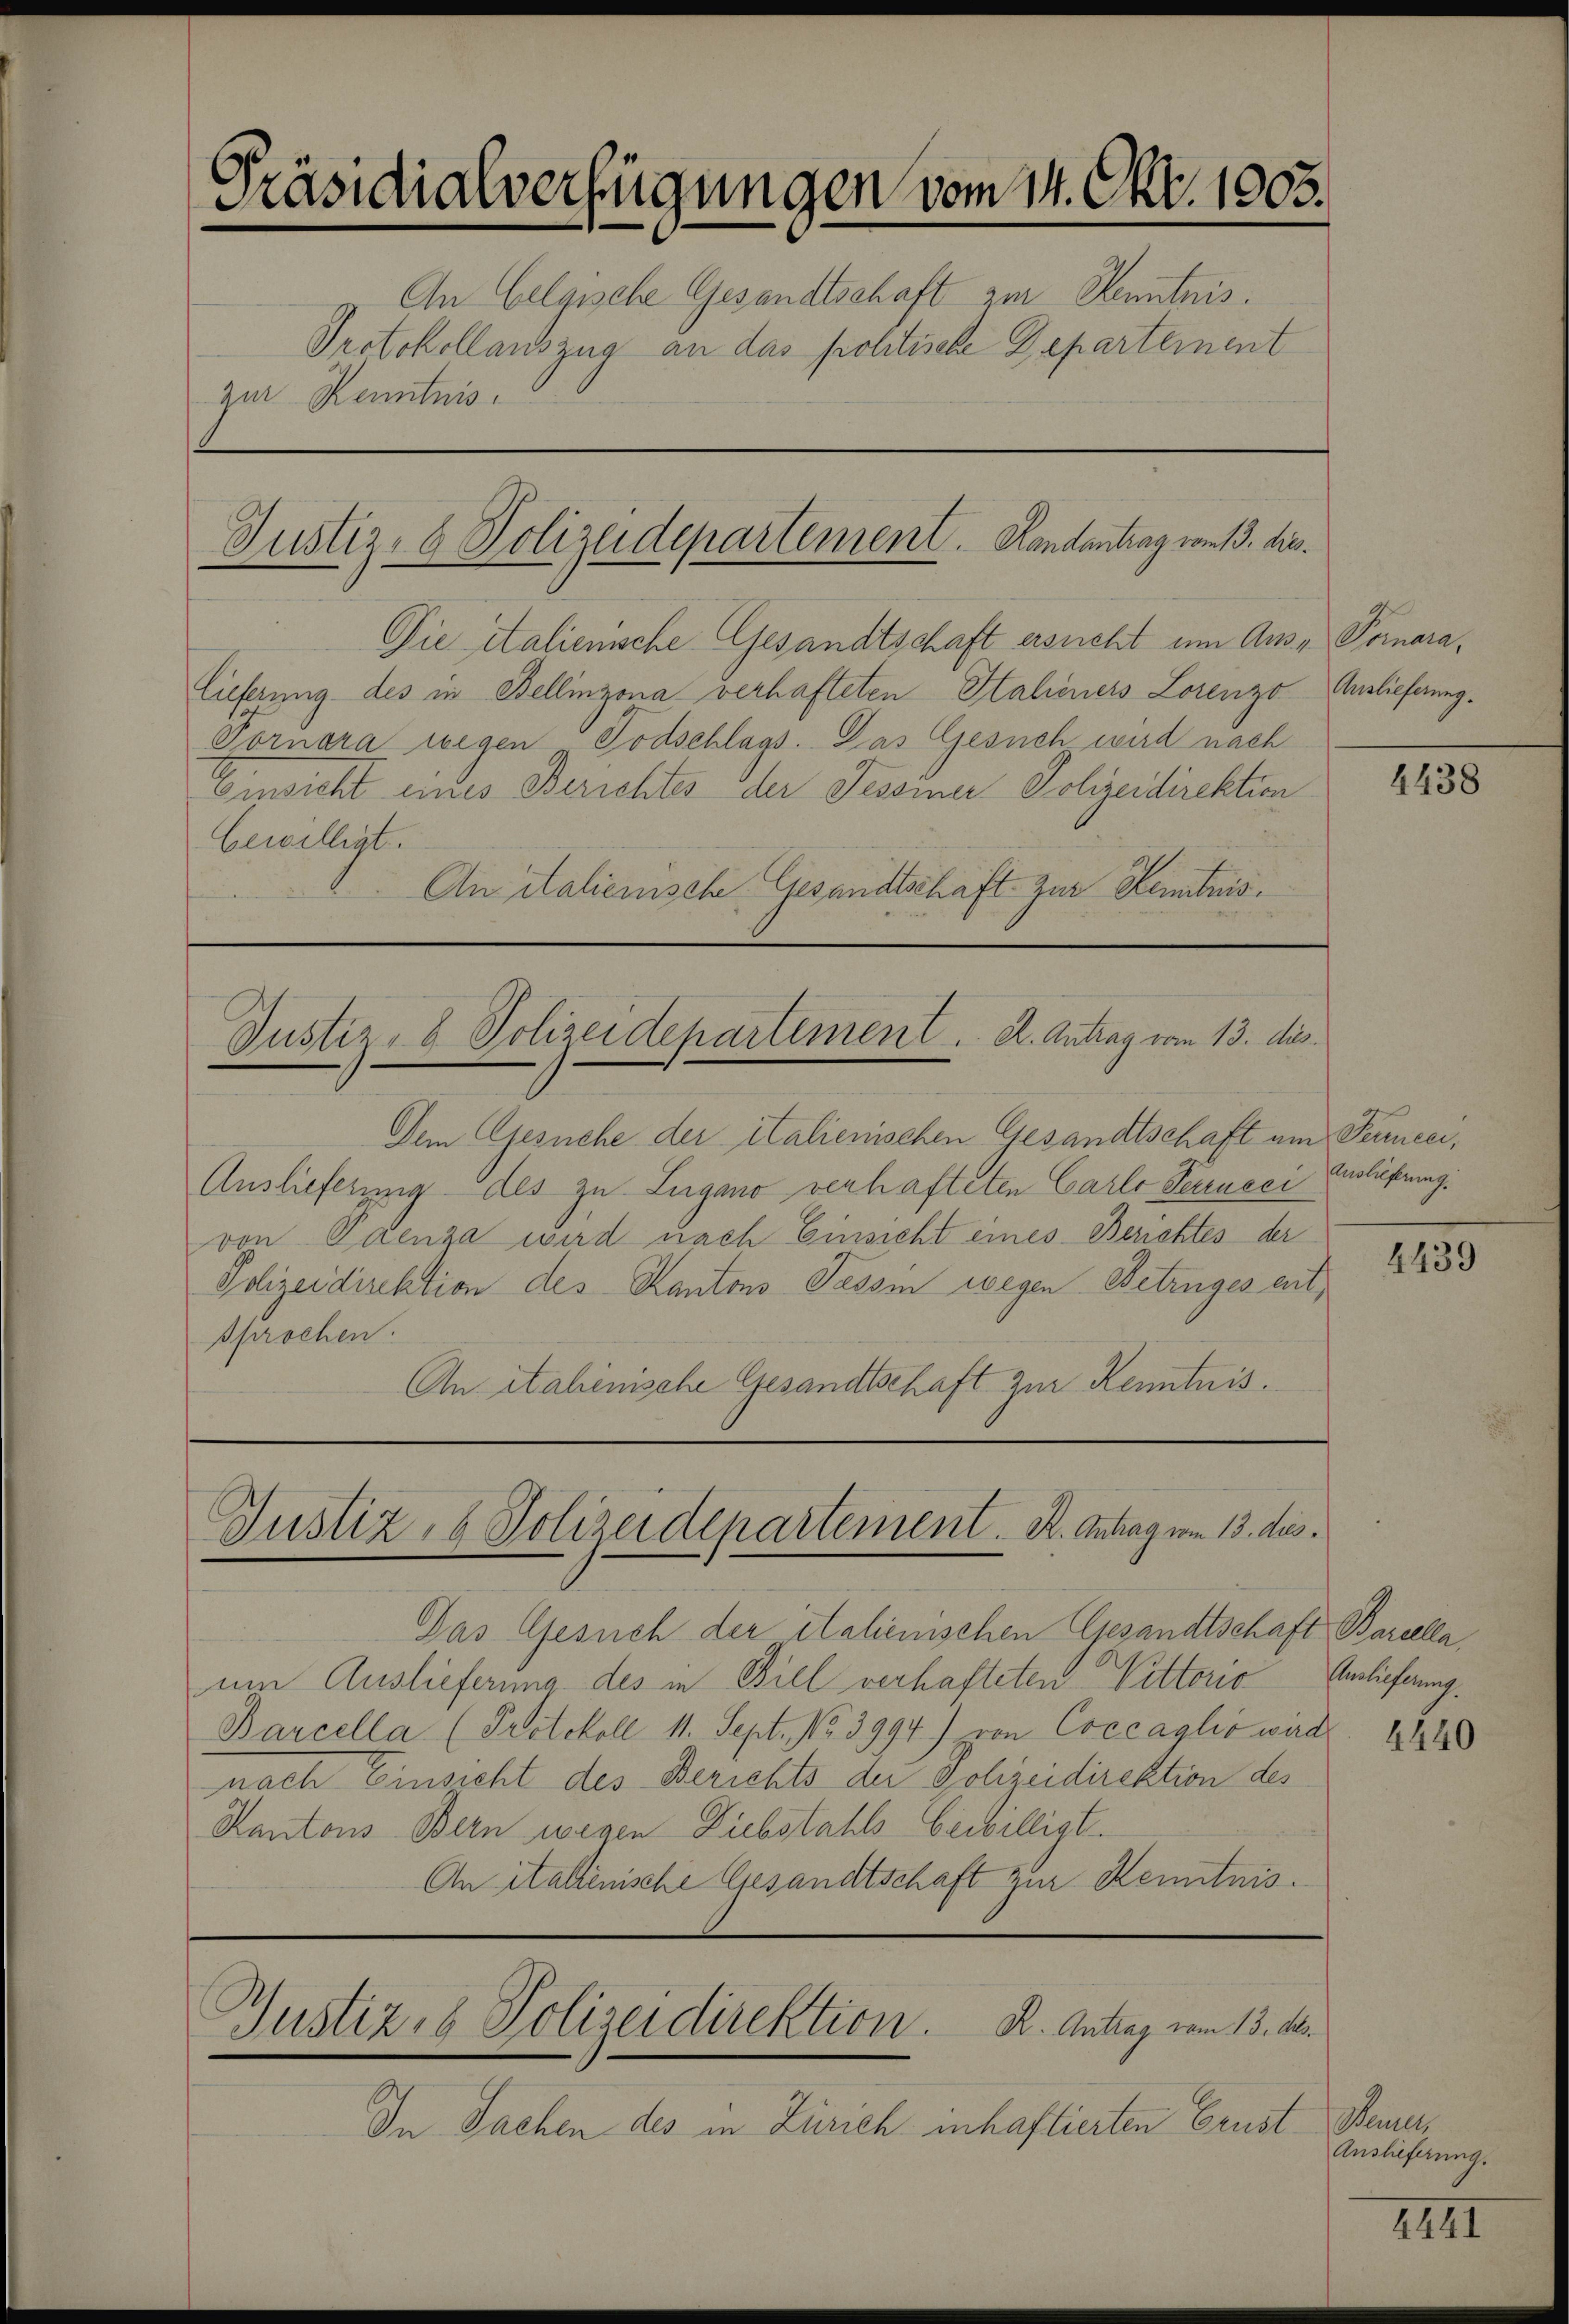
Präsidialverfügungen vom 14. Okt. 1005.
An Eelgische Gesandtschaft zur Kenntnis.
Protokollauszug an das politische Departement
zur Kenntnis.

Die italienische Gesandtschaft ersucht um Aus- Pomara¬
Cieferung des in Bellinzona verhafteten Stalieners Lorenzo Auslieferung.
Fornara wegen Todschlags. Das Gesuch wird nach
Einsicht eines Berichtes der Tessiner Polizeidirektion
bewilligt.
An italienische Gesandtschaft. Zur Kenntnis¬

Dem Gesuche der italienischen Gesandtschaft am Ferreci,
Auslieferung des zu Lugano verhafteten Carlo Peeneci Ausführung.
von Paenza wird nach Einsicht eines Berichtes der
Polizeidirektion des Kantons Tessin wegen Betruges entsprochen.
An Stahinische Gesandtschaft zur Kenntnis.

Justiz- & Polizeidepartement. Handantrag vom 13. dies

Justiz- & Polizeidepartement . .  K. Antrag vom 13. dies

Justiz- & Polizeidepartement. K. Antrag vom 13. dies

Das Gesuch der italienischen Gesandtschaft Barcella
um Auslieferung des in Biel verhafteten Vetterio
Barcella (Protokoll 11. Sept. No. 3994) von Coccaglio wart. 441
nach Einsicht des Berichts der Polizeidirektion des
Kantons Bern wegen Diebstahls bewilligt.
An italienische Gesandtschaft zur Kenntnis¬

Gustiz- & Polizeidirektion. K. Antrag vom 13. M

4438

In Sachen des in Zürich inhaftierten Brust Bemer¬

4439

Auslieferung.

Auslieferung.

1441